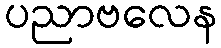
ပညာဗလေန